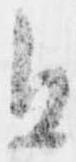
且